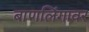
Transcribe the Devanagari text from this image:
बाणलिंगावर